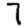
Digit: 7